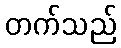
တက်သည်